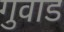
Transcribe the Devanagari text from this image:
गुवाड